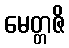
မေတ္တဇိ